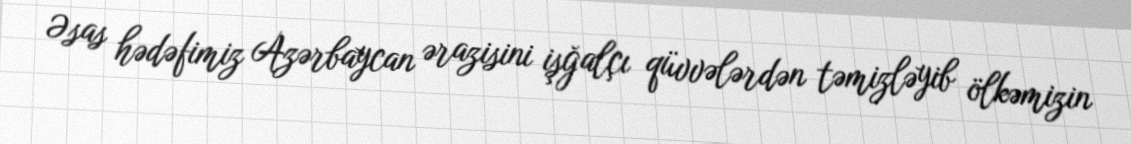
Əsas hədəfimiz Azərbaycan ərazisini işğalçı qüvvələrdən təmizləyib ölkəmizin